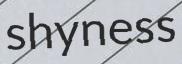
shyness